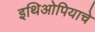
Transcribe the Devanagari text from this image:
इथिओपियाचे